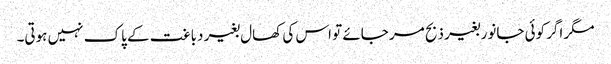
مگر اگر کوئی جانور بغیر ذبح مر جائے تو اس کی کھال بغیر دباغت کے پاک نہیں ہوتی۔